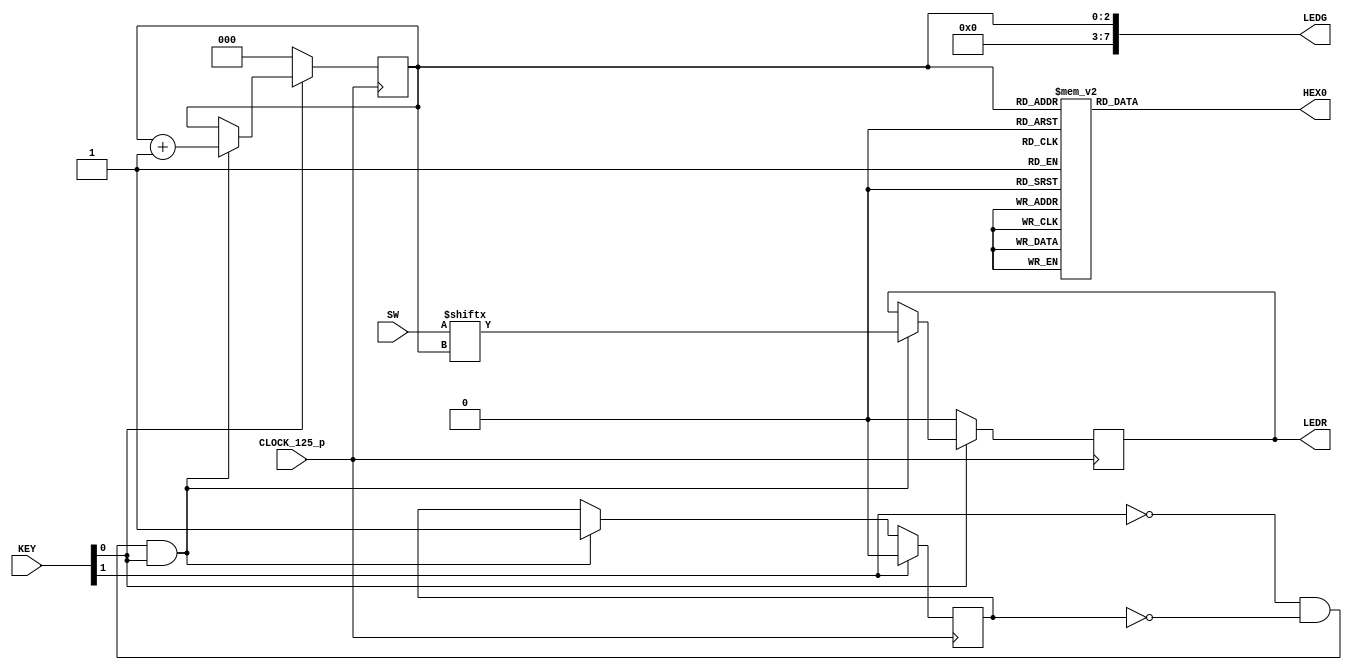
module baseline_c5gx(
      ///////// CLOCK /////////
      input              CLOCK_125_p, ///LVDS

      ///////// KEY ///////// 1.2 V ///////
      input       [1:0]  KEY,
  
      ///////// SW ///////// 1.2 V ///////
      input       [7:0]  SW,
		output [7:0] LEDG,
	
output [6:0] HEX0,

		
		///////// LEDR ///////// 2.5 V ///////
      output      [0:0]  LEDR
);

	wire clk, rst, btn;
	wire [7:0] sw_i;
	reg [0:0] LED;
	reg [2:0] bit_count;
	reg signal;
	reg [6:0] seven_segment;
assign HEX0[6:0] = seven_segment;
//assign HEX3[6:0] = SW;	for debuging
	
	assign LEDG[7:0]= bit_count;
	assign LEDR[0:0]= LED;
	assign clk = CLOCK_125_p;
	assign sw_i = SW[7:0];
	assign btn = !KEY[1];      		    
	assign rst = !KEY[0];

always @(clk) begin
	case(bit_count)
	3'b000 : seven_segment <= 7'b1000000;
	3'b001 : seven_segment <= 7'b1111001;
	3'b010 : seven_segment <= 7'b0100100;
	3'b011 : seven_segment <= 7'b0110000;
	3'b100 : seven_segment <= 7'b0011001;
	3'b101 : seven_segment <= 7'b0010010;
	3'b110 : seven_segment <= 7'b0000010;
	3'b111 : seven_segment <= 7'b1111000;
	endcase
end

	always @(posedge clk) begin
			if(btn && !signal &&!rst) begin
				LED <= sw_i[bit_count];
				bit_count <= bit_count+1;
				signal <= 1;
			end
			if (rst) begin
				bit_count <= 0;
				LED <= 0;
			end
			if (!btn) signal <=0;
	end
endmodule